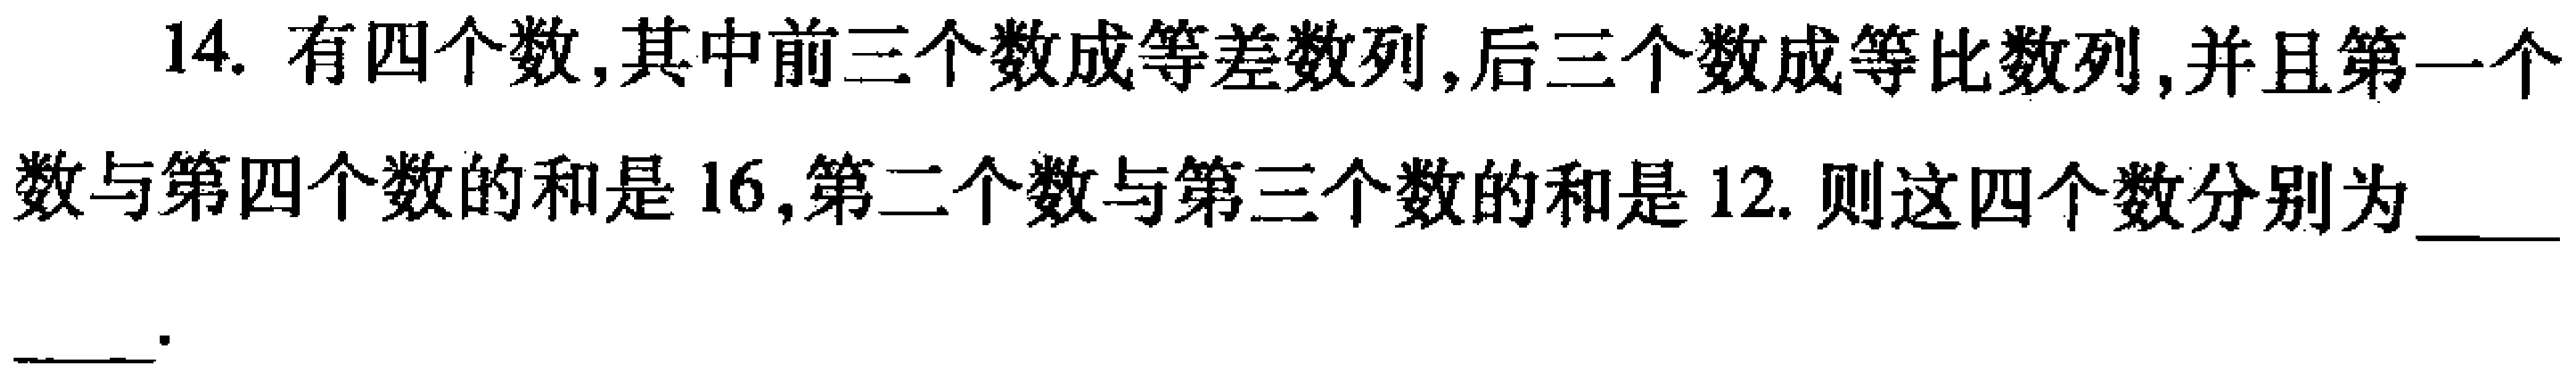
14. 有四个数,其中前三个数成等差数列,后三个数成等比数列,并且第一个

数与第四个数的和是 \(16\),第二个数与第三个数的和是 \(12\). 则这四个数分别为  \_\_\_\_

\_\_\_\_.